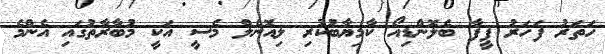
ހަތަރު ފަހަރު ފީފާ ބެލޮންޑިއޯ ކާމިޔާބުކުރި ލިއޮނެލް މެސީ އަކީ މުބާރާތުގައި އެންމެ